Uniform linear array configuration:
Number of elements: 16
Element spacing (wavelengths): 1
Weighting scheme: hann
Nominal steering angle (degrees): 15
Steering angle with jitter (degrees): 15.876
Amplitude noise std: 0.05
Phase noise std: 0.05

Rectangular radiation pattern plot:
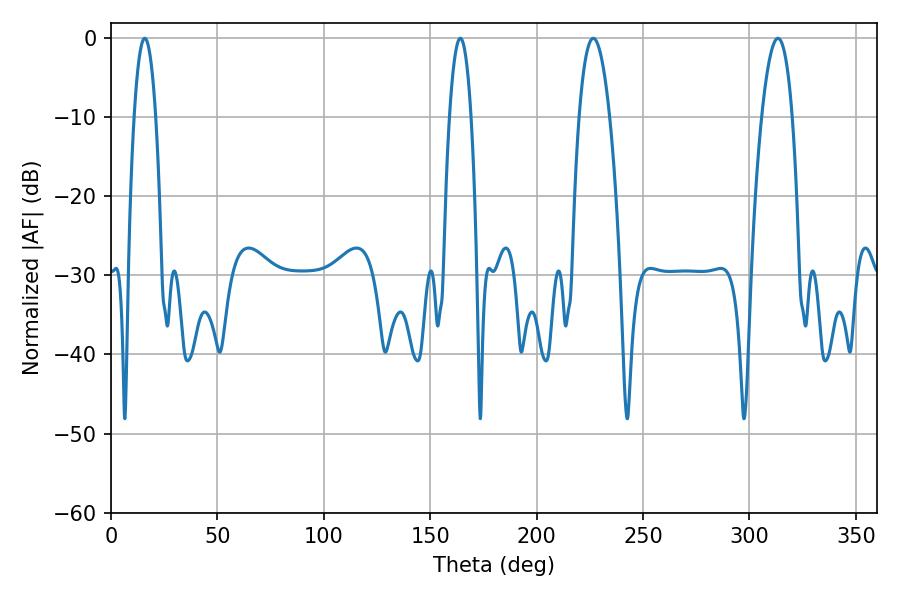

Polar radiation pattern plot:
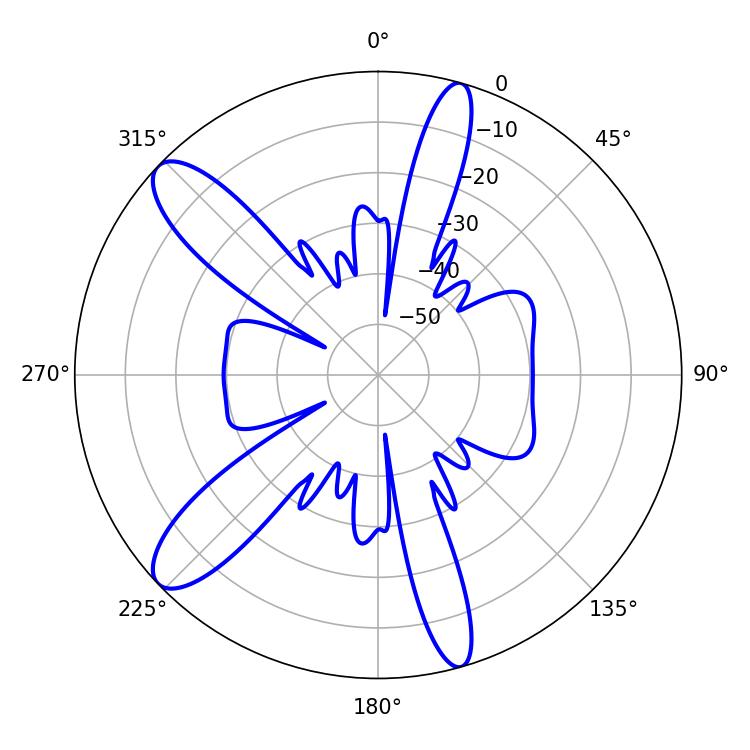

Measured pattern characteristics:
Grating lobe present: TRUE
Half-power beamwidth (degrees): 7.92
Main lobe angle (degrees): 226.62